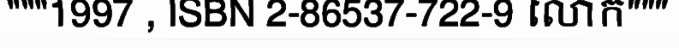
"""1997 , ISBN 2-86537-722-9 លោក"""